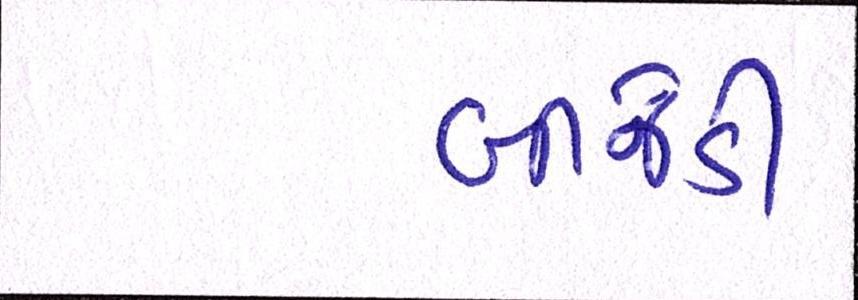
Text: બીજેડી